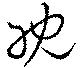
耽